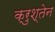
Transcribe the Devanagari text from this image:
क्रुश्तेन